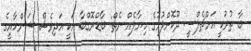
ބާ ތުރުކީ އަށްޗެލްސީ ދޫކޮށްލުމުގެ ހިޔާލެއް ނެތް: ބާޑްރޮގްބާ އަކީ އަދިވެސް ޝަންހާއީގެ